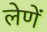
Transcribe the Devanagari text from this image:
लेणें